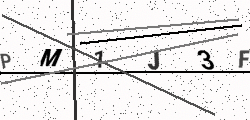
Text: PM1J3F